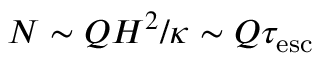
N \sim Q H ^ { 2 } / \kappa \sim Q \tau _ { \mathrm { e s c } }